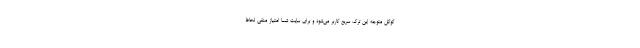
گوگل متوجه این ترک سریع کاربر می‌شود و برای سایت شما امتیاز منفی لحاظ